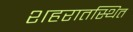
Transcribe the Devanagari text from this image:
शहरातस्थित